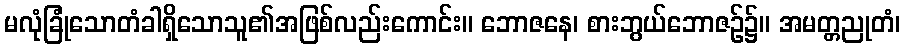
မလုံခြုံသောတံခါရှိသောသူ၏အဖြစ်လည်းကောင်း။ ဘောဇနေ၊ စားဘွယ်ဘောဇဉ်၌။ အမတ္တညုတံ၊